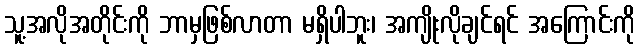
သူ့အလိုအတိုင်းကို ဘာမှဖြစ်လာတာ မရှိပါဘူး၊ အကျိုးလိုချင်ရင် အကြောင်းကို